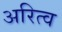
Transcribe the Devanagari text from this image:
अरित्व